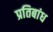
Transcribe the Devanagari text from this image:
प्रतिबांध